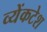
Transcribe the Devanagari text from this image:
व्येंकटेश